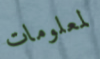
لمعلومات